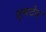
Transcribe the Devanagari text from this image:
वृषदेव